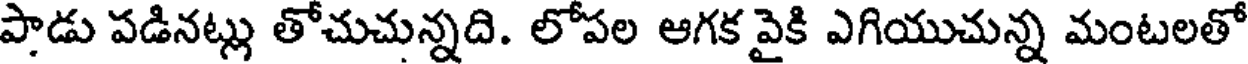
పాడు పడినట్లు తోచుచున్నది. లోపల ఆగక వైకి ఎగియుచున్న మంటలతో